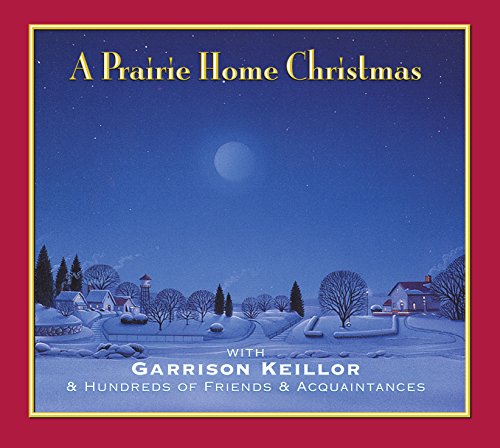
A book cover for A Prairie Home Christmas: With Garrison Keillor & Hundreds of Friends & Acquaintances (Lake Wobegon); Garrison Keillor; Politics & Social Sciences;